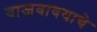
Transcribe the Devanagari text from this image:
वाजवावयाचे